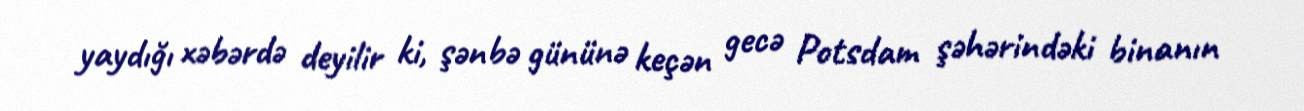
yaydığı xəbərdə deyilir ki, şənbə gününə keçən gecə Potsdam şəhərindəki binanın